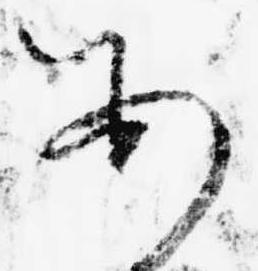
あ